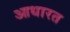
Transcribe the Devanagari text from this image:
आधारत